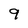
Character: 9